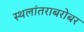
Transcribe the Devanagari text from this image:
स्थलांतराबरोबर